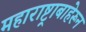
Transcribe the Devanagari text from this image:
महाराष्ट्राबाहेरून